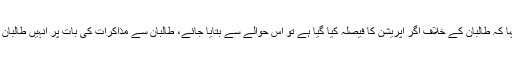
عمران خان نے کہا کہ طالبان کے خلاف اگر آپریشن کا فیصلہ کیا گیا ہے تو اس حوالے سے بتایا جائے، طالبان سے مذاکرات کی بات پر انہیں طالبان نواز کہا جاتا ہے۔